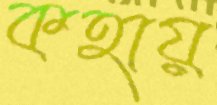
কহায়